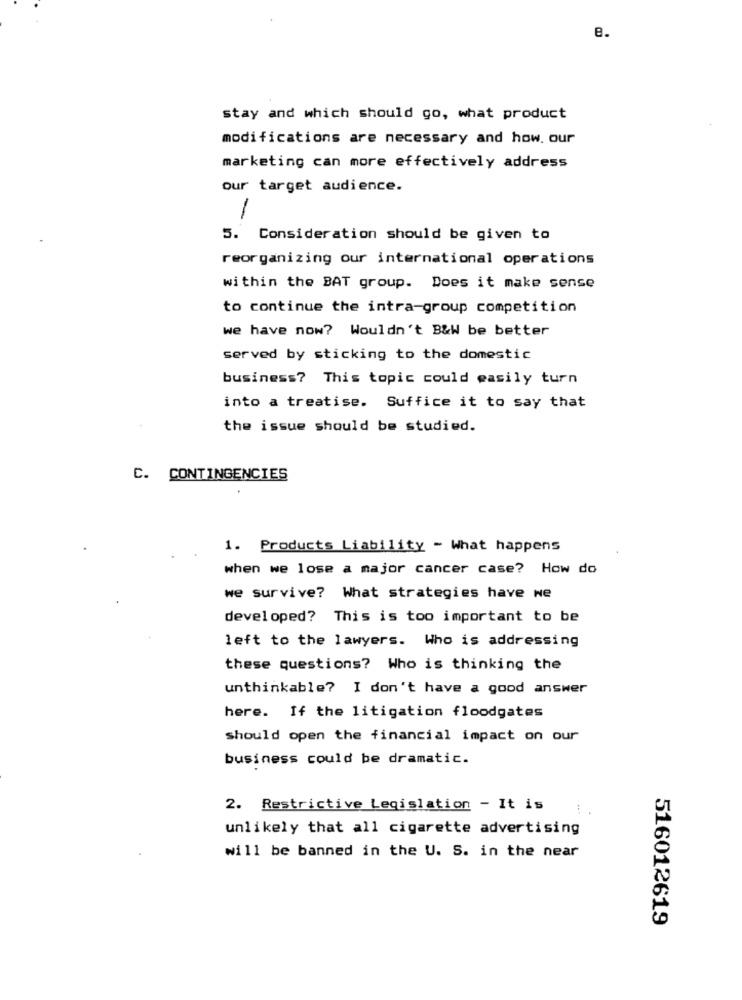
e.
stay and which should go, what product
modifications are necessary and how. our
marketing can more effectively address
our target audience.
5. Consideration should be given to
reorganizing our international operations
within the BAT group. Does it make sense
to continue the intra-group competition
we have now? Wouldn't B&W be better
served by sticking to the domestic
business? This topic could easily turn
into a treatise. Suffice it to say that
the issue should be studied.
C. CONTINGENCIES
1. Products Liability - What happens
when we lose a major cancer case? How do
we survive? What strategies have we
developed? This is too important to be
left to the lawyers. Who is addressing
these questions? Who is thinking the
unthinkable? I don't have a good answer
here. If the litigation floodgates
should open the financial impact on our
business could be dramatic.
2. Restrictive Legislation - It is
unlikely that all cigarette advertising
will be banned in the U. S. in the near
516012619